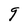
Character: g